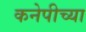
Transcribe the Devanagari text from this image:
कनेपीच्या